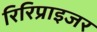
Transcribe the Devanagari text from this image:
रिरिप्राइजर